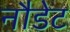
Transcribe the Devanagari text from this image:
नौडेट